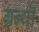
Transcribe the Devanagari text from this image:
ग्रन्थॊ